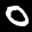
Label: 0